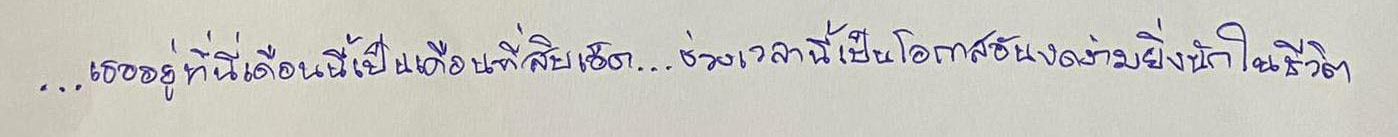
...เธออยู่ที่นี่เดือนนี้เป็นเดือนที่สิบเอ็ด...ช่วงเวลานี้เป็นโอกาสอันงดงามยิ่งนักในชีวิต